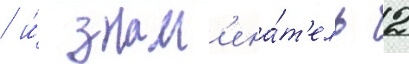
/ и́ знам'ена́т'ель 2